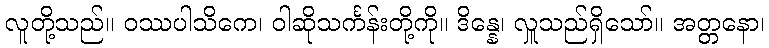
လူတို့သည်။ ဝဿပါသိကေ၊ ဝါဆိုသင်္ကန်းတို့ကို။ ဒိန္နေ၊ လှူသည်ရှိသော်။ အတ္တနော၊